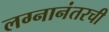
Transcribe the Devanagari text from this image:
लग्नानंतरची